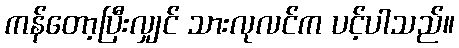
ကန်တော့ပြီးလျှင် သားလုလင်က ပင့်ပါသည်။